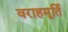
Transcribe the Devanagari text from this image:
वराहमूर्ति